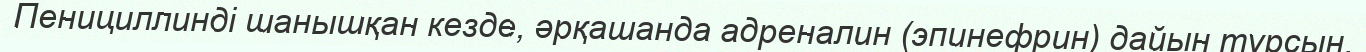
Пенициллинді шанышқан кезде, әрқашанда адреналин (эпинефрин) дайын тұрсын.